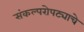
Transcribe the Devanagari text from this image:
संकल्परोपट्याचे